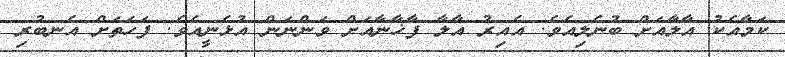
ކަމާއެކު އާލާއަށް ބުނެލިއެވެ. އެއިރު އާލާ ފާޚާނާއަށް ވަންނަން އުޅެނީއެވެ. ފަހަތަށް އެނބުރި